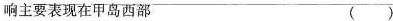
响主要表现在甲岛西部 ( )